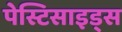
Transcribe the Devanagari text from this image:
पेस्टिसाइड्स